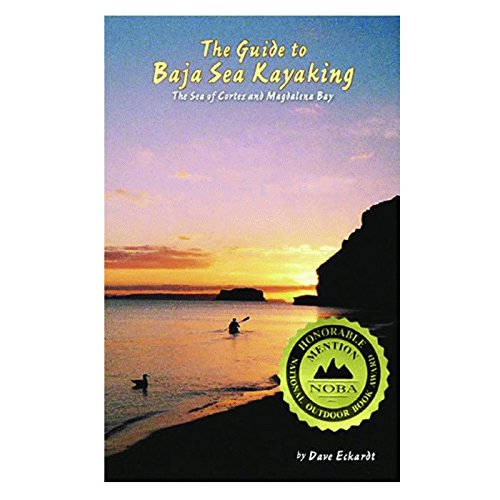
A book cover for Guide To Baja Sea Kayaking; Dave Eckardt; Sports & Outdoors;